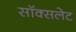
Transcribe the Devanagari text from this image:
सॉक्सलेट